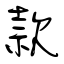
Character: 款